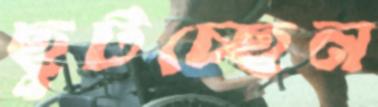
ছুটচ্ছেন